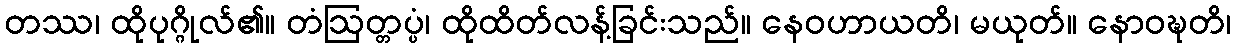
တဿ၊ ထိုပုဂ္ဂိုလ်၏။ တံဩတ္တပ္ပံ၊ ထိုထိတ်လန့်ခြင်းသည်။ နေဝဟာယတိ၊ မယုတ်။ နောဝဍ္ဎတိ၊